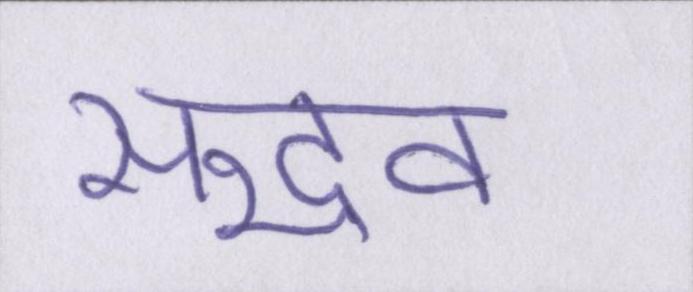
सद्भव